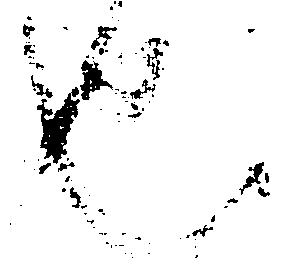
也